Annual administration report of the Civil Veterinary Department of India - 1895-1896
Year: 1895
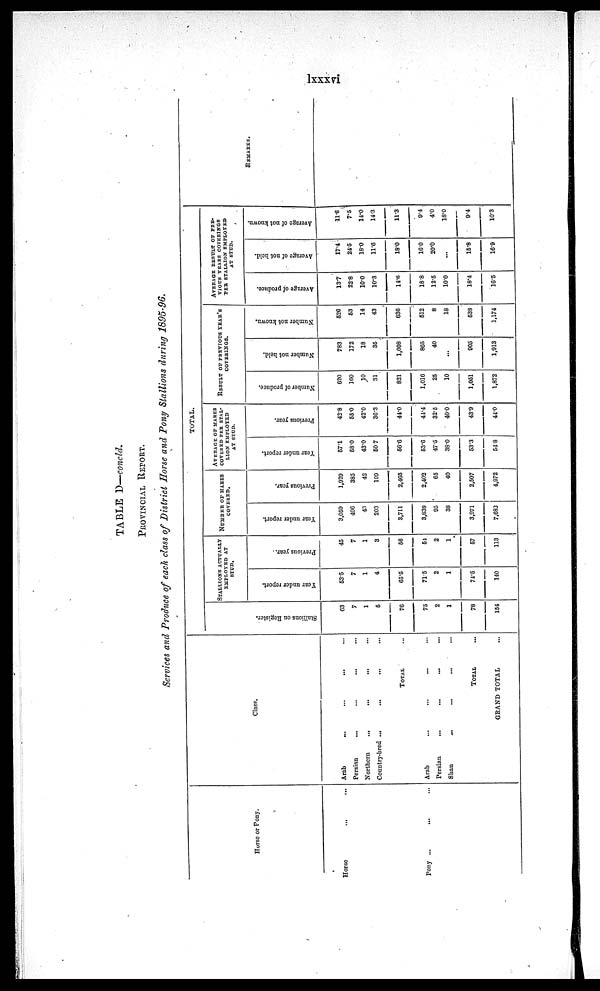
lxxxvi
TABLE D —concld.
PROVINCIAL REPORT.
Services and Produce of each class of District Horse and Pony Stallions during 1895-96.
Horse or Pony.
Horse ... ...
Pony ...
... ...
Class.
Arab ... ... ... ...
Persian ... ... ... ...
Northern ... ... ... ...
Country-bred ... ... ... ...
TOTAL ...
Arab ... ... ... ...
Persian ... ... ... ...
Shan ... ... ... ...
TOTAL ...
GRAND TOTAL ...
TOTAL.
St al l
i
ons on Regi st er .
63
7
1
5
76
75
2
1
78
154
STALLIONS ACTUALLY
EMPLOYED AT
STUD.
Year under report.
53.5
7
1
4
65.6
71.5
2
1
74.5
140
Previous year.
45
7
1
3
56
54
2
1
67
113
NUMBER OF MARES
COVERED.
Year under report.
3,059
406
43
203
3,711
3,838
95
38
3,971
7,682
Previous year.
1,929
385
42
109
2,465
2,402
65
40
2,507
4,972
AVERAGE OF MARES
COVERED PER STAL-
LION EMPLOYED
AT STUD.
Year under report.
57.1
580
43.0
50 7
56.6
53.6
47.5
38.0
53.3
54.8
Previous year.
42.8
55.0
42.0
36.3
44.0
44.4
32.5
40.0
43.9
44.0
RESULT OF PREVIOUS YEAR'S
COVERINGS.
Number of produce.
620
160
10
31
821
1,016
25
10
1,051
1,872
Number not held.
783
172
18
35
1,008
865
40
...
905
1,013
Number not known.
626
53
14
43
636
612
8
18
538
1,174
AVERAGE RESULT OF PRE-
VIOUS
YEARS COVERINGS
PER STALLION EMPLOYED
AT STUD.
Average of produce.
137
22.8
10.0
10.3
14.6
18.8
12.5
100
18.4
16.5
Average of not held.
17.4
24.5
18.0
11.6
18.0
16.0
20'0
...
15.8
16.9
Average of not known.
11.6
7.5
14.0
14.3
11.3
9.4
4.0
18.0
9.4
10.3
REMARKS.